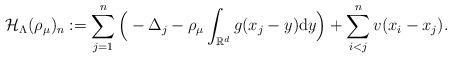
LaTeX: \begin{align*}\mathcal{H}_{\Lambda}(\rho_{\mu})_n := \sum_{j=1}^n \Big(-\Delta_j - \rho_{\mu} \int_{\mathbb{R}^d} g(x_j-y)\mathrm{d}y\Big) + \sum_{i<j}^n v(x_i-x_j).\end{align*}